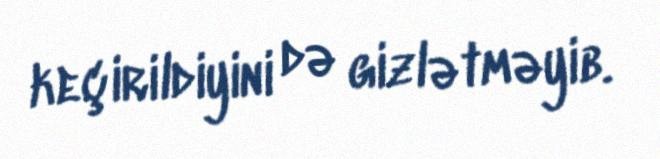
keçirildiyini də gizlətməyib.